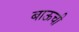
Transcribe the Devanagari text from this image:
बाऊची